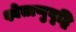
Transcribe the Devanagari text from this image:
श्वेताणुवृद्धि